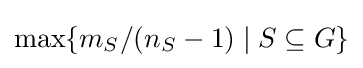
\max\{m_{S}/(n_{S}-1)\mid S\subseteq G\}